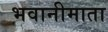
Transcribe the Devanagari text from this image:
भवानीमाता